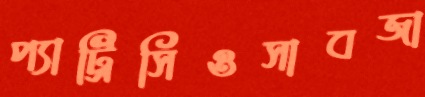
প্যাট্রিসিওসাবজা